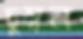
চুম্বন